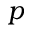
p